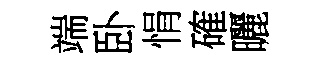
端卧悁確曬